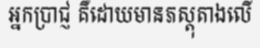
អ្នកប្រាជ្ញ គឺដោយមានភស្តុតាងលើ